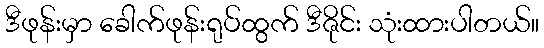
ဒီဖုန်းမှာ ခေါက်ဖုန်းရုပ်ထွက် ဒီဇိုင်း သုံးထားပါတယ်။